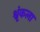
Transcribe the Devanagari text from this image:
श्रृंकला